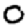
Digit: 0